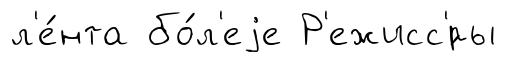
л'е́нта бо́л'еjе Р'ежисс'́ры